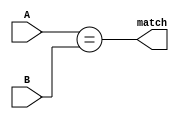
module xor_comp (
  input [55:0] A, B,
  output match);
  
  assign match = (A == B);
  
endmodule


module xor_acc (
  input [63:0] curr, prev,
  input match_en, core,
  input [1:0] thread_select,
  output match);
  
  //Concatenating the packets together
  wire [111:0] data = {prev[47:0], curr};
  
  //Pattern for each core/thread --
  reg [55:0] patt;
  
  //Creating wires for the match output
  wire match_1, match_2, match_3, match_4, match_5, match_6, match_7, match_8;
  
  assign match = (match_1 | match_2 | match_3 | match_4 | match_5 | match_6 | match_7 | match_8) & match_en;

  //Instatiating the XOR comparators
  xor_comp u_xor_comp1 (.A(data[55:0]), .B(patt), .match(match_1));
  xor_comp u_xor_comp2 (.A(data[63:8]), .B(patt), .match(match_2));
  xor_comp u_xor_comp3 (.A(data[71:16]), .B(patt), .match(match_3));
  xor_comp u_xor_comp4 (.A(data[79:24]), .B(patt), .match(match_4));
  xor_comp u_xor_comp5 (.A(data[87:32]), .B(patt), .match(match_5));
  xor_comp u_xor_comp6 (.A(data[95:40]), .B(patt), .match(match_6));
  xor_comp u_xor_comp7 (.A(data[103:48]), .B(patt), .match(match_7));
  xor_comp u_xor_comp8 (.A(data[111:56]), .B(patt), .match(match_8));
  
  
  
  //Pattern generator per core/thread --
    always @ (*) begin
    
    case (core)
      1'b0: begin
        
        case (thread_select)
          2'b00: patt = 56'h77777777777777; //Thread 2
          2'b01: patt = 56'h54545454545454; //Thread 3 -- Invalid
          2'b10: patt = 56'h68686868686868; //Thread 0
          2'b11: patt = 56'h75757575757575; //Thread 1
        endcase //case (ts)
        
      end
      
        
       1'b1: begin
        
        case (thread_select)
          2'b00: patt = 56'h74747474747474; //Thread 2
          2'b01: patt = 56'h78787878787878; //Thread 3
          2'b10: patt = 56'h67676767676767; //Thread 0
          2'b11: patt = 56'h54545454545454; //Thread 1
        endcase // case(ts)
         
       end
      
    endcase //Case (core)
      
  end //Always 

endmodule